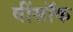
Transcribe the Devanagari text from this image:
वींसॉक